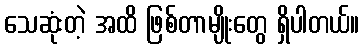
သေဆုံးတဲ့ အထိ ဖြစ်တာမျိုးတွေ ရှိပါတယ်။